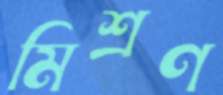
মিশ্রণ